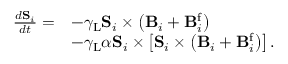
\begin{array} { r l } { \frac { d \mathbf { S } _ { i } } { d t } = } & { - \gamma _ { \mathrm { L } } \mathbf { S } _ { i } \times \left( \mathbf { B } _ { i } + \mathbf { B } _ { i } ^ { \mathrm { f } } \right) } \\ & { - \gamma _ { \mathrm { L } } \alpha \mathbf { S } _ { i } \times \left[ \mathbf { S } _ { i } \times \left( \mathbf { B } _ { i } + \mathbf { B } _ { i } ^ { \mathrm { f } } \right) \right] . } \end{array}